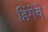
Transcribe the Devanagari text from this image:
हिंगेंचे